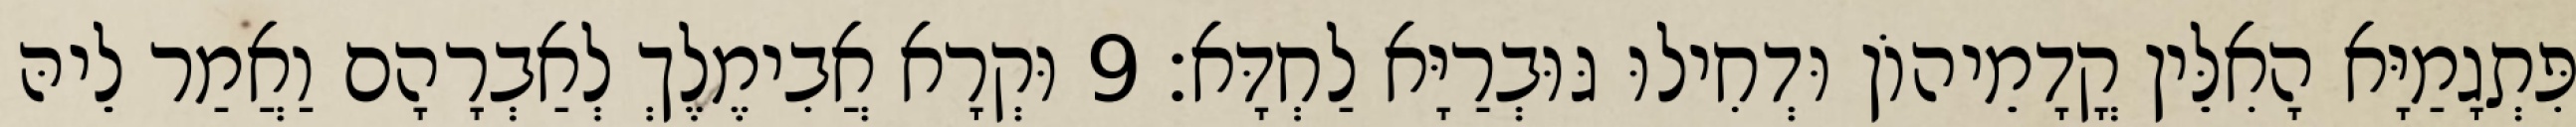
פִּתְגָמַיָּא הָאִלֵּין קֳדָמֵיהוֹן וּדְחִילוּ גּוּבְרַיָּא לַחְדָּא׃ 9 וּקְרָא אֲבִימֶלֶךְ לְאַבְרָהָם וַאֲמַר לֵיהּ